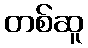
တစ်ဆူ